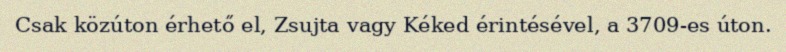
Csak közúton érhető el, Zsujta vagy Kéked érintésével, a 3709-es úton.